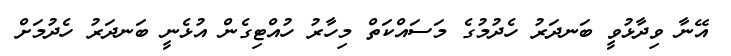
އޭނާ ވިދާޅުވީ ބަނދަރު ހެދުމުގެ މަސައްކަތް މިހާރު ހުއްޓިގެން އުޅެނީ ބަނދަރު ހެދުމަށް